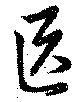
區